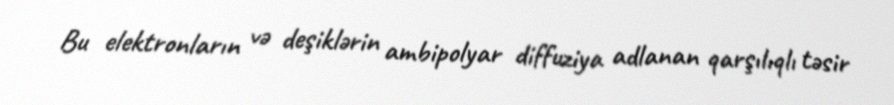
Bu elektronların və deşiklərin ambipolyar diffuziya adlanan qarşılıqlı təsir